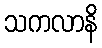
သကလာနိ